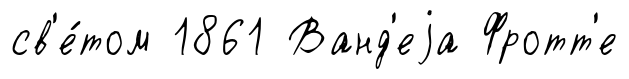
св'е́том 1861 Ванд'еjа Фротт'е